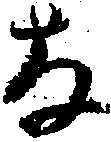
な